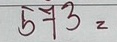
573 =